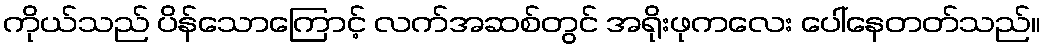
ကိုယ်သည် ပိန်သောကြောင့် လက်အဆစ်တွင် အရိုးဖုကလေး ပေါ်နေတတ်သည်။